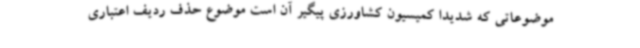
موضوعاتی که شدیداً کمیسیون کشاورزی پیگیر آن است موضوع حذف ردیف اعتباری